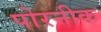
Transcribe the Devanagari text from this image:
पोरनीक